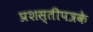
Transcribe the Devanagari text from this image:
प्रशस्तीपत्रके